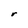
Character: r